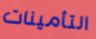
التأمينات